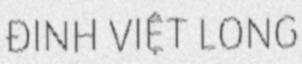
ĐINH VIỆT LONG